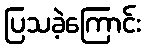
ပြသခဲ့ကြောင်း